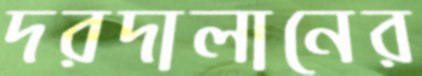
দরদালানের